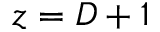
z = D + 1